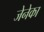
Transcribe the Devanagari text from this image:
जेनेका